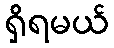
ရှိရမယ်